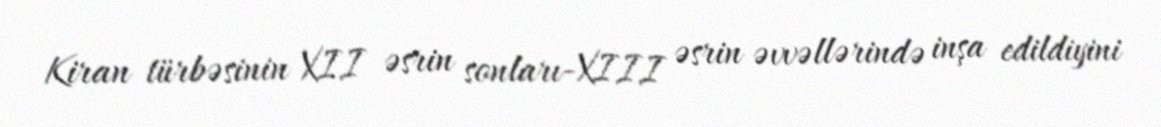
Kiran türbəsinin XII əsrin sonları-XIII əsrin əvvəllərində inşa edildiyini